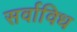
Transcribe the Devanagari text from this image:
सर्वाविध